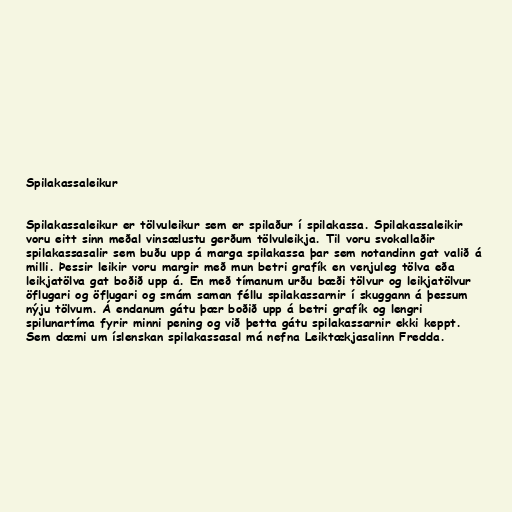
Spilakassaleikur

Spilakassaleikur er tölvuleikur sem er spilaður í spilakassa. Spilakassaleikir
voru eitt sinn meðal vinsælustu gerðum tölvuleikja. Til voru svokallaðir
spilakassasalir sem buðu upp á marga spilakassa þar sem notandinn gat valið á
milli. Þessir leikir voru margir með mun betri grafík en venjuleg tölva eða
leikjatölva gat boðið upp á. En með tímanum urðu bæði tölvur og leikjatölvur
öflugari og öflugari og smám saman féllu spilakassarnir í skuggann á þessum
nýju tölvum. Á endanum gátu þær boðið upp á betri grafík og lengri
spilunartíma fyrir minni pening og við þetta gátu spilakassarnir ekki keppt.
Sem dæmi um íslenskan spilakassasal má nefna Leiktækjasalinn Fredda.